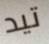
تيد